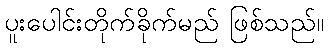
ပူးပေါင်းတိုက်ခိုက်မည် ဖြစ်သည်။